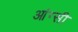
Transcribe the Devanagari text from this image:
आंग्सी